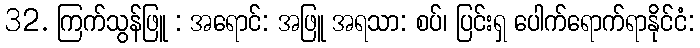
32. ကြက်သွန်ဖြူ : အရောင်: အဖြူ အရသာ: စပ်၊ ပြင်းရှ ပေါက်ရောက်ရာနိုင်ငံ: